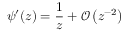
\psi ^ { \prime } ( z ) = \frac { 1 } { z } + \mathcal { O } \left( z ^ { - 2 } \right)